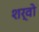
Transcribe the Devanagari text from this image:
शर्वो